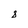
Character: 8